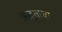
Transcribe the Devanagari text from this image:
अद्भुताचा